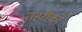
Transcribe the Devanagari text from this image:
तहरीकों